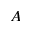
A